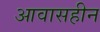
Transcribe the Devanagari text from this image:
आवासहीन